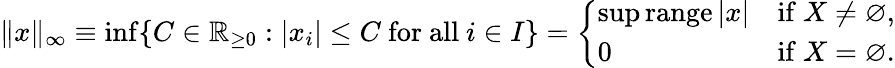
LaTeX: \| x\| _{\infty}\equiv\operatorname*{inf}\{ C\in\mathbb{R}_{\geq 0}:|x_{i}|\leq C{\mathrm{~for~all~}}i\in I\} ={\left\{ \begin{array}{ll}{\operatorname*{sup}\operatorname{range}|x|}&{{\mathrm{if~}}X\neq\varnothing,}\\ {0}&{{\mathrm{if~}}X=\varnothing.}\end{array}\right.}